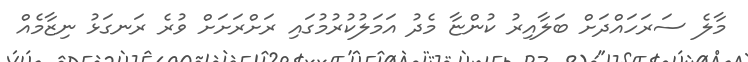
މާލެ ސަރަހައްދަށް ބަލާއިރު ކުންޏާ މެދު އަމަލުކުރުމުގައި ރަށްރަށަށް ވުރެ ރަނގަޅު ނިޒާމެއް